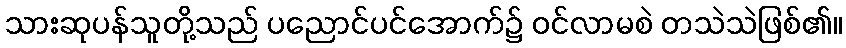
သားဆုပန်သူတို့သည် ပညောင်ပင်အောက်၌ ဝင်လာမစဲ တသဲသဲဖြစ်၏။